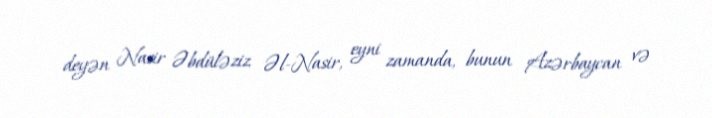
deyən Nasir Əbdüləziz Əl-Nasir, eyni zamanda, bunun Azərbaycan və